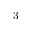
3